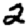
Digit: 2